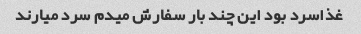
غذاسرد بود این چند بار سفارش میدم سرد میارند